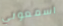
اسمعوني